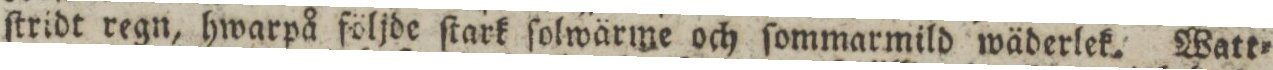
ſtridt regn, hwarpå följde ſtark ſolwärme och ſommarmild wäderlek. Watt=